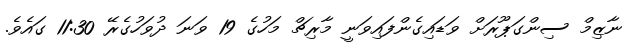
ނާޒިމް ސިންގަޕޫރަށް ވަޑައިގެންފައިވަނީ މާރިޗް މަހުގެ 19 ވަނަ ދުވަހުގެރޭ 11:30 ގައެވެ.